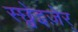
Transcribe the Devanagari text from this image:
स्छ्वेइज़ेर्